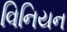
વિનિયન